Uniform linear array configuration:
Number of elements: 32
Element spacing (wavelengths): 0.5
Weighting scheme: blackman
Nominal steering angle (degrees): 30
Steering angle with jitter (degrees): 30.533
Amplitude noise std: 0.05
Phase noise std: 0.05

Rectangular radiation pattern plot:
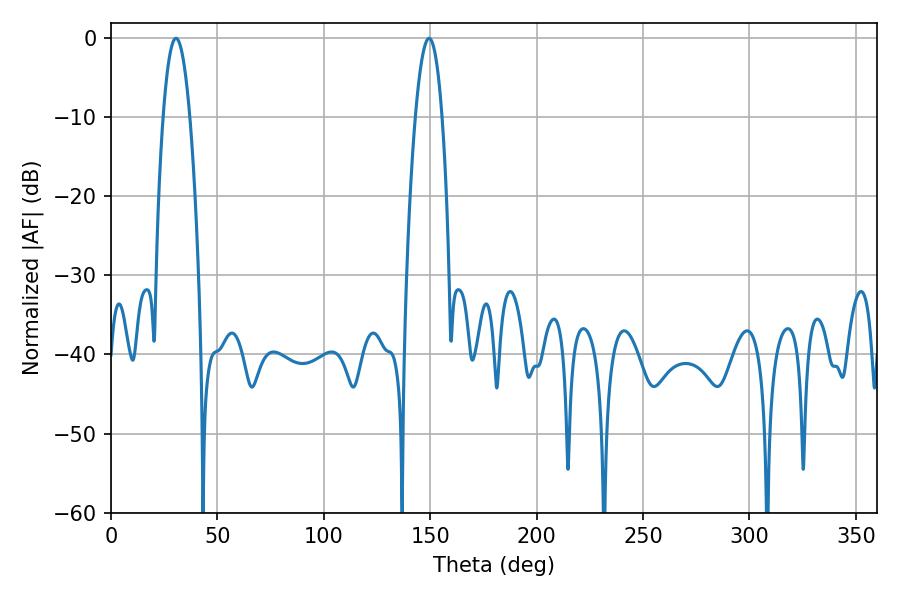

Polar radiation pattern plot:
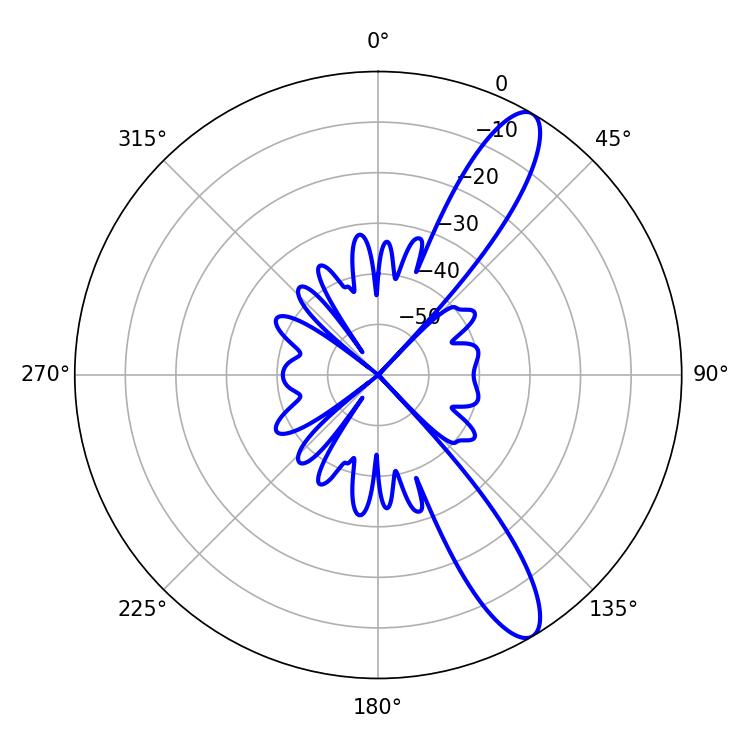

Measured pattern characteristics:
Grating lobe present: FALSE
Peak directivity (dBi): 11.798
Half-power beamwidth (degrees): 6.84
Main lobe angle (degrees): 149.4